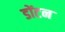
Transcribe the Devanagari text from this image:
डोंटन